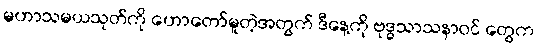
မဟာသမယသုတ်ကို ဟောတော်မူတဲ့အတွက် ဒီနေ့ကို ဗုဒ္ဓသာသနာဝင် တွေက